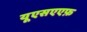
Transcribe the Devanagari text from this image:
यूएसएएफ़